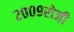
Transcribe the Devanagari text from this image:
२००९रोजी